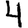
Digit: 4